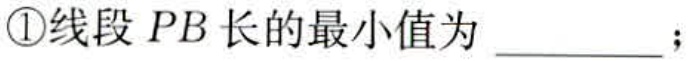
\textcircled{1}线段 \(PB\) 长的最小值为 \(\underline{\qquad}\)；